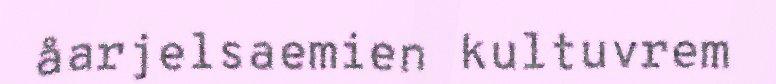
åarjelsaemien kultuvrem